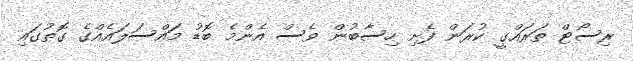
ރިސޯޓް ތަރައްގީ ކުރަން ފެށި ހިސާބުން ވެސް އެންމެ ބޮޑު މައްސަލައެއްގެ ގޮތުގައި